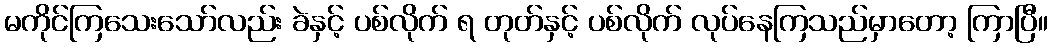
မကိုင်ကြသေးသော်လည်း ခဲနှင့် ပစ်လိုက် ရ တုတ်နှင့် ပစ်လိုက် လုပ်နေကြသည်မှာတော့ ကြာပြီ။